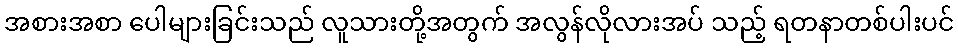
အစားအစာ ပေါများခြင်းသည် လူသားတို့အတွက် အလွန်လိုလားအပ် သည့် ရတနာတစ်ပါးပင်